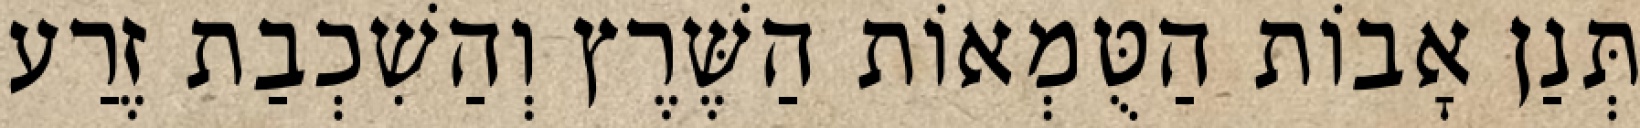
תְּנַן אָבוֹת הַטֻּמְאוֹת הַשֶּׁרֶץ וְהַשִׁכְבַת זֶרַע